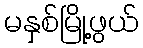
မနှစ်မြို့ဖွယ်